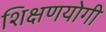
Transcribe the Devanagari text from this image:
शिक्षणयोगी